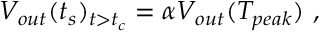
V _ { o u t } ( t _ { s } ) _ { t > t _ { c } } = \alpha V _ { o u t } ( T _ { p e a k } ) ~ ,